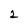
Character: 2